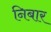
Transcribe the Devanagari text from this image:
निबार